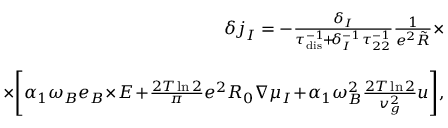
\begin{array} { r l r } & { } & { \! \! \! \! \! \delta \boldsymbol { j } _ { I } = - \frac { \delta _ { I } } { \tau _ { \mathrm { d i s } } ^ { - 1 } \! + \! \delta _ { I } ^ { - 1 } \tau _ { 2 2 } ^ { - 1 } } \frac { 1 } { e ^ { 2 } \tilde { R } } \times } \\ & { } & \\ & { } & { \; \; \times \! \left[ \alpha _ { 1 } \omega _ { B } \boldsymbol { e } _ { B } \! \times \! \boldsymbol { E } \! + \! \frac { 2 T \ln 2 } { \pi } e ^ { 2 } R _ { 0 } \boldsymbol { \nabla } \mu _ { I } \! + \! \alpha _ { 1 } \omega _ { B } ^ { 2 } \frac { 2 T \ln 2 } { v _ { g } ^ { 2 } } \boldsymbol { u } \right] \! , } \end{array}